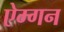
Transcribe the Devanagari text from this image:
ऐम्गन